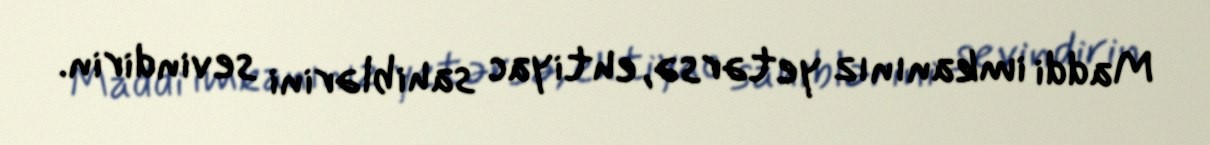
Maddi imkanınız yetərsə, ehtiyac sahiblərini sevindirin.